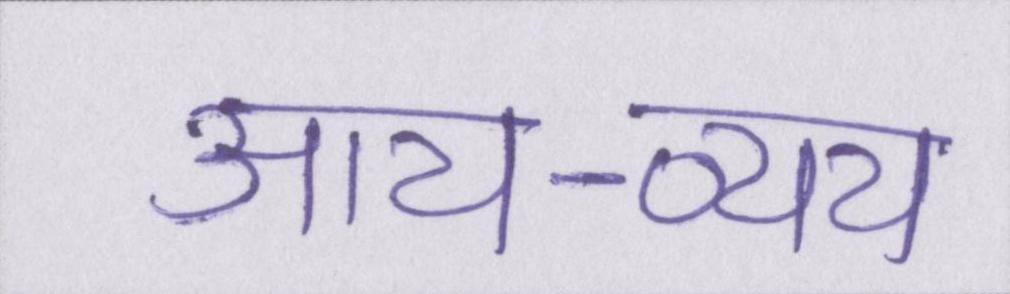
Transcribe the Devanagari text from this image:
आय-व्यय